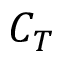
C _ { T }